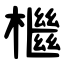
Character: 檵